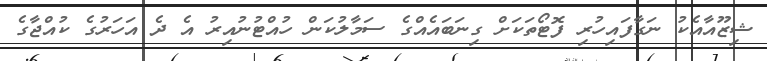
ޝިޒޫއާއެކު ނަގާފައިހުރި ފޮޓޯތަކަށް ގިނަބައެއްގެ ސަމާލުކަން ހުއްޓުނުއިރު އެ ދެ އަހަރުގެ ކުއްޖާގެ